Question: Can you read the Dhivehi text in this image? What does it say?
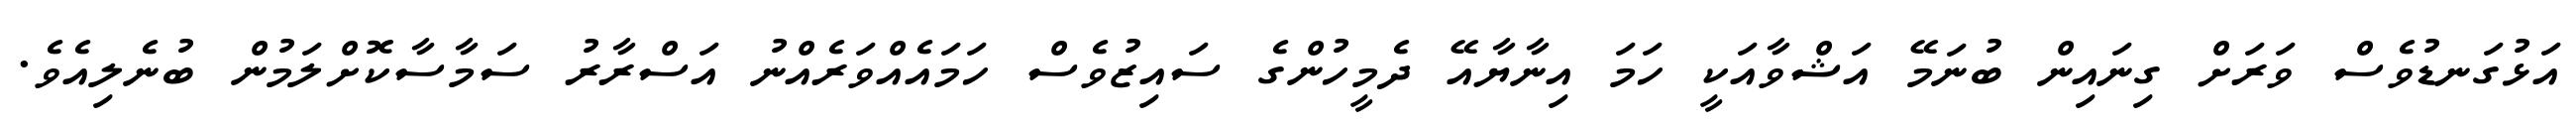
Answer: އަޅުގަނޑުވެސް ވަރަށް ގިނައިން ބުނަމޭ އަޝްވާއަކީ ހަމަ އިނާޔާއޭ ދެމީހުންގެ ސައިޒުވެސް ހަމައެއްވަރެއްނު އަސްރާރު ސަމާސާކޮށްލަމުން ބުނެލިއެވެ.